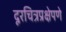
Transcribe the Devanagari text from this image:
दूरचित्रप्रक्षेपणे